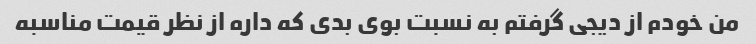
من خودم از دیجی گرفتم به نسبت بوی بدی که داره از نظر قیمت مناسبه